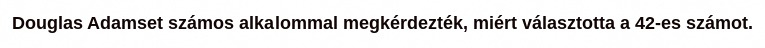
Douglas Adamset számos alkalommal megkérdezték, miért választotta a 42-es számot.